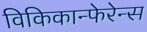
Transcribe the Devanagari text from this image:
विकिकान्फेरेन्स